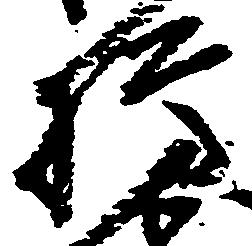
樽